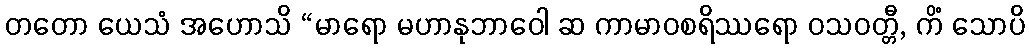
တတော ယေသံ အဟောသိ “မာရော မဟာနုဘာဝေါ ဆ ကာမာဝစရိဿရော ဝသဝတ္တီ, ကိံ သောပိ